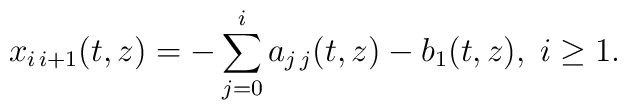
x_{i\,i+1}(t,z)=-\sum_{j=0}^{i}a_{j\,j}(t,z)-b_{1}(t,z),\;i\geq 1.